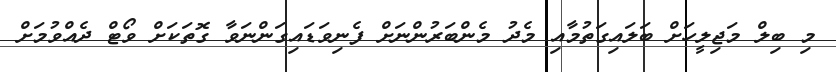
މި ބިލް މަޖިލީހަށް ބަލައިގަތުމާއި މެދު މެންބަރުންނަށް ފެނިވަޑައިގަންނަވާ ގޮތަކަށް ވޯޓް ދެއްވުމަށް